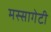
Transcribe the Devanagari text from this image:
मस्सागेटी